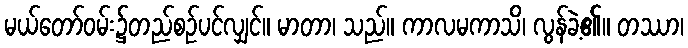
မယ်တော်ဝမ်း၌တည်စဉ်ပင်လျှင်။ မာတာ၊ သည်။ ကာလမကာသိ၊ လွန်ခဲ့၏။ တဿာ၊